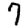
Digit: 7